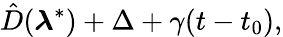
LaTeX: \hat{D}(\boldsymbol{\lambda}^{*})+\Delta+\gamma(t-t_{0}),